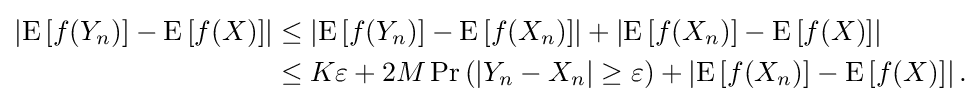
{\begin{aligned}\left|\operatorname {E} \left[f(Y_{n})\right]-\operatorname {E} \left[f(X)\right]\right|&\leq \left|\operatorname {E} \left[f(Y_{n})\right]-\operatorname {E} \left[f(X_{n})\right]\right|+\left|\operatorname {E} \left[f(X_{n})\right]-\operatorname {E} \left[f(X)\right]\right|\\&\leq K\varepsilon +2M\operatorname {Pr} \left(|Y_{n}-X_{n}|\geq \varepsilon \right)+\left|\operatorname {E} \left[f(X_{n})\right]-\operatorname {E} \left[f(X)\right]\right|.\end{aligned}}